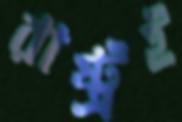
রাষ্ট্রই